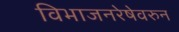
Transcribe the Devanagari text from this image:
विभाजनरेषेवरुन